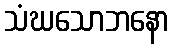
သံဃသောဘနော